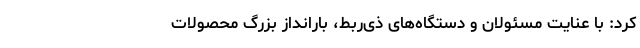
کرد: با عنایت مسئولان و دستگاه‌های ذی‌ربط، بارانداز بزرگ محصولات